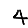
Digit: 4